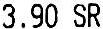
3.90 SR